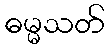
ဓမ္မသတ်